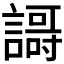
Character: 𲁶